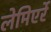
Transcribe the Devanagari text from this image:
लेमिएर्रे